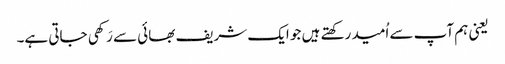
یعنی ہم آپ سے اُمید رکھتے ہیں جو ایک شریف بھائی سے رَکھی جاتی ہے۔